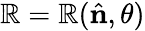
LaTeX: \mathbb{R}=\mathbb{R}({\hat{{\mathbf{{n}}}}},\theta)